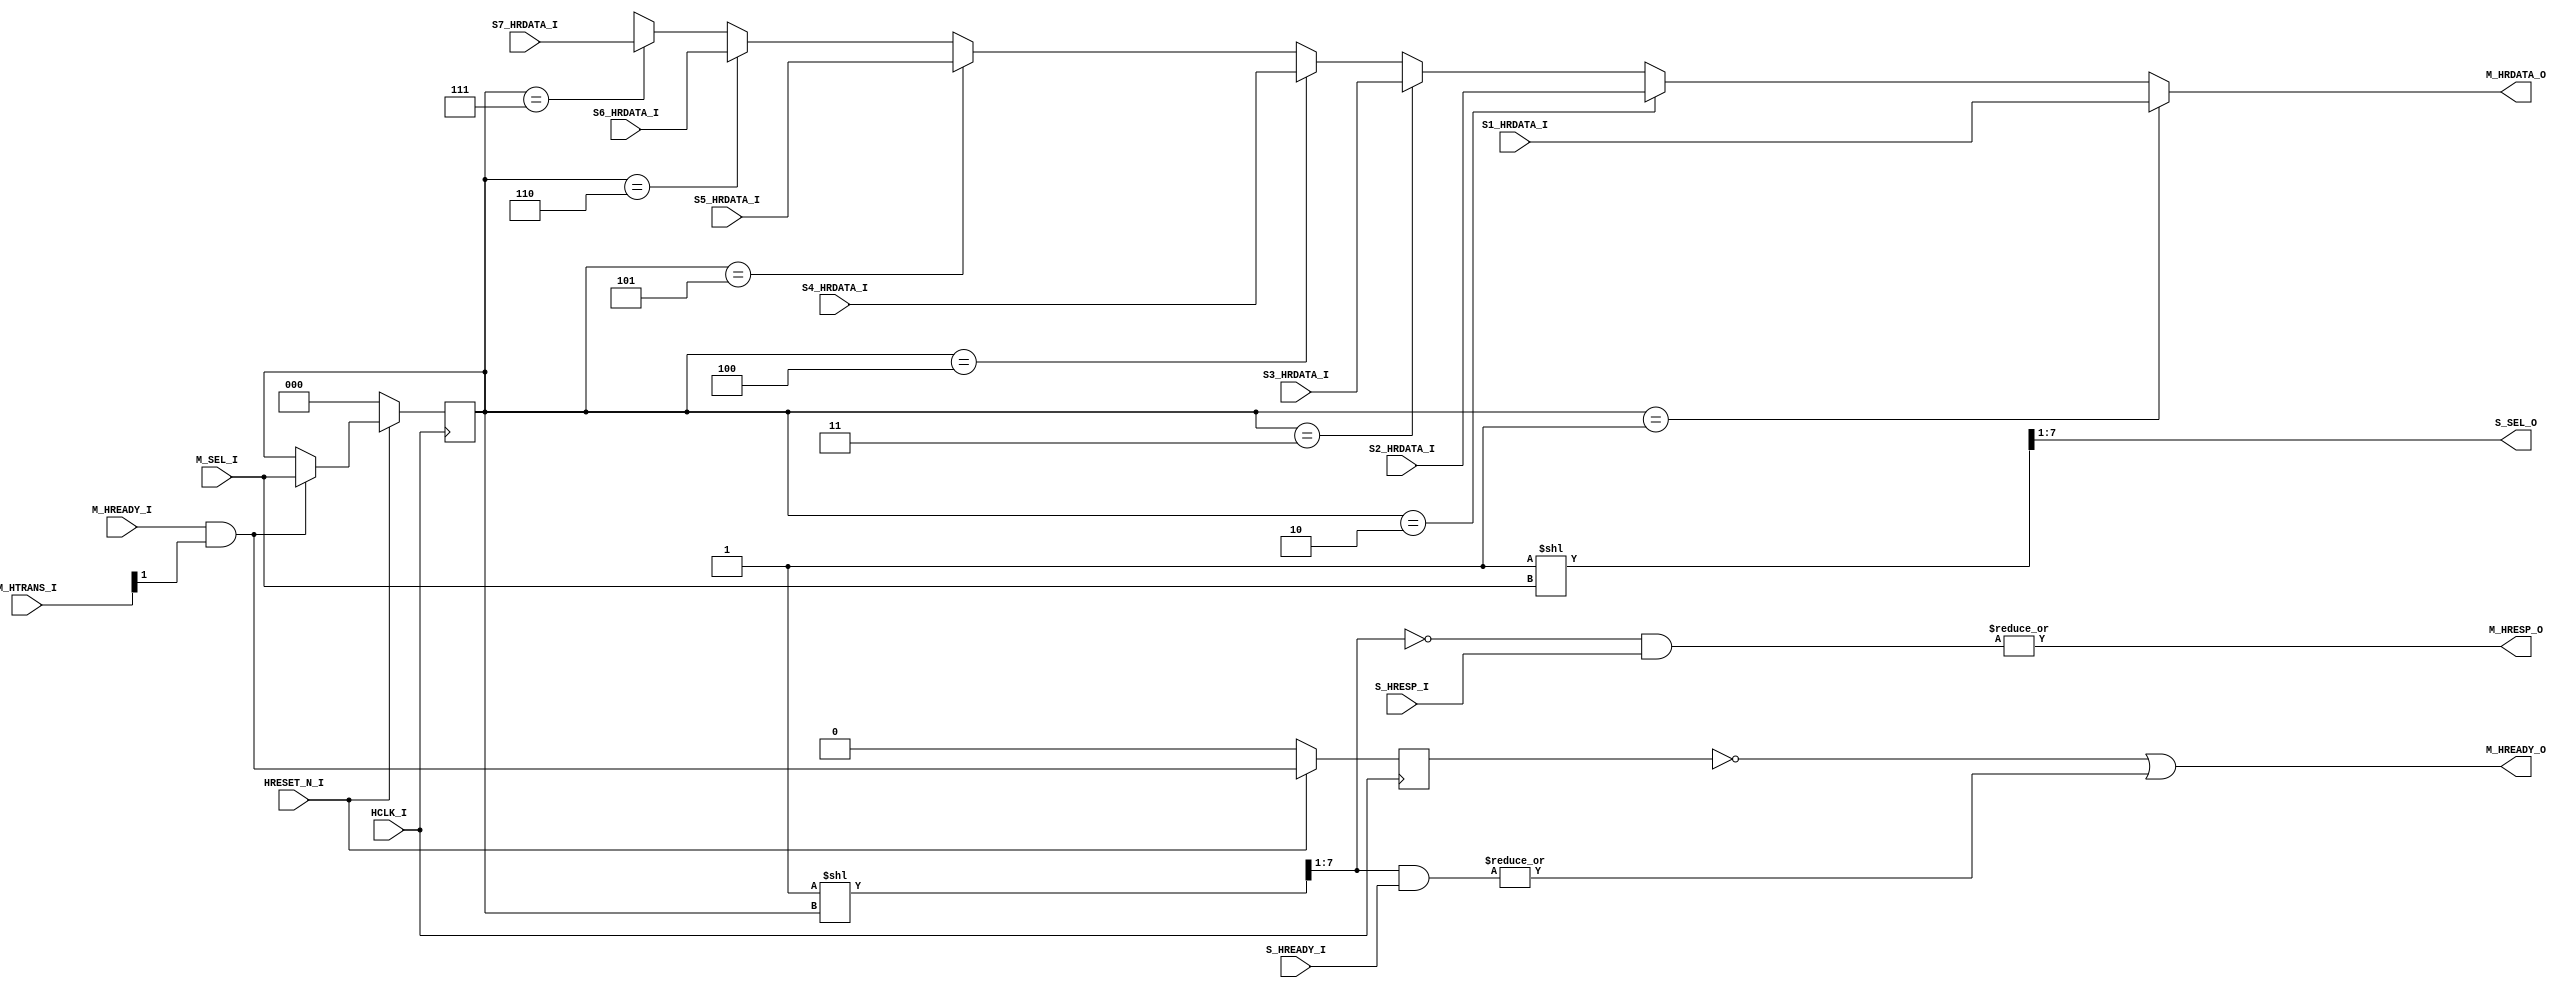
module ahb_mux
(
 input         HCLK_I,
 input         HRESET_N_I,

 // master signals
 input [2:0]   M_SEL_I,
 input [1:0]   M_HTRANS_I,
 input         M_HREADY_I,

 output        M_HREADY_O,
 output        M_HRESP_O,
 output [31:0] M_HRDATA_O,

 // slave signals, note absence of 0
 output [7:1]   S_SEL_O,
 input [7:1]   S_HREADY_I,
 input [7:1]   S_HRESP_I,

 input [31:0]  S1_HRDATA_I,
 input [31:0]  S2_HRDATA_I,
 input [31:0]  S3_HRDATA_I,
 input [31:0]  S4_HRDATA_I,
 input [31:0]  S5_HRDATA_I,
 input [31:0]  S6_HRDATA_I,
 input [31:0]  S7_HRDATA_I
 );

   // current state: (idle, process)
   reg         state;
   always @(posedge HCLK_I)
     if(!HRESET_N_I)
       state <= 0;
     else
       state <= M_HREADY_I & M_HTRANS_I[1];


   // selector reg
   reg [2:0] sel_d;
   always @(posedge HCLK_I)
     if(!HRESET_N_I)
       sel_d <= 3'b000;
     else if(M_HREADY_I & M_HTRANS_I[1])
       sel_d <= M_SEL_I;


   // data read mux
   assign M_HRDATA_O = (sel_d == 3'd1) ? S1_HRDATA_I :
                       (sel_d == 3'd2) ? S2_HRDATA_I :
                       (sel_d == 3'd3) ? S3_HRDATA_I :
                       (sel_d == 3'd4) ? S4_HRDATA_I :
                       (sel_d == 3'd5) ? S5_HRDATA_I :
                       (sel_d == 3'd6) ? S6_HRDATA_I :
                       (sel_d == 3'd7) ? S7_HRDATA_I :
                       32'dx;


   // ready and resp muxes
   wire [7:0] mask = 8'h01 << M_SEL_I;
   wire [7:0] mask_d = 8'h01 << sel_d;

   assign S_SEL_O = mask[7:1];
   assign M_HREADY_O = ~state | |(mask_d[7:1] & S_HREADY_I);
   assign M_HRESP_O = |(~mask_d[7:1] & S_HRESP_I);
endmodule